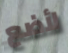
لأضع